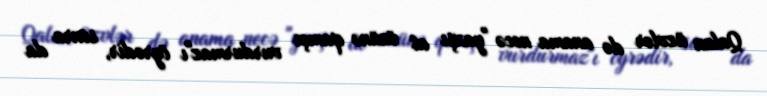
Qalan üzvlər də anama necə "yaxşı at özünə qamçı vurdurmaz"ı öyrədir, sonra da